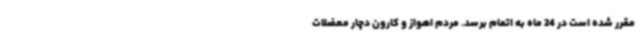
مقرر شده است در 24 ماه به اتمام برسد. مردم اهواز و کارون دچار معضلات